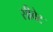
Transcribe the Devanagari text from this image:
सीवेट